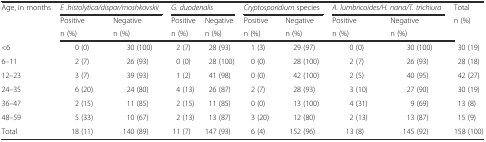
<table><thead><tr><td><b>Age, in months</b></td><td colspan="2"><b><i>E .histolytica/dispar/moshkovskii</i></b></td><td colspan="2"><b><i>G. duodenalis</i></b></td><td colspan="2"><b><i>Cryptosporidium</i> species</b></td><td colspan="2"><b><i>A. lumbricoides/H. nana/T. trichiura</i></b></td><td><b>Total</b></td></tr><tr><td rowspan="2"></td><td><b>Positive</b></td><td><b>Negative</b></td><td><b>Positive</b></td><td><b>Negative</b></td><td><b>Positive</b></td><td><b>Negative</b></td><td><b>Positive</b></td><td><b>Negative</b></td><td rowspan="2"><b>n (%)</b></td></tr><tr><td><b>n (%)</b></td><td><b>n (%)</b></td><td><b>n (%)</b></td><td><b>n (%)</b></td><td><b>n (%)</b></td><td><b>n (%)</b></td><td><b>n (%)</b></td><td><b>n (%)</b></td></tr></thead><tbody><tr><td>&lt;6</td><td>0 (0)</td><td>30 (100)</td><td>2 (7)</td><td>28 (93)</td><td>1 (3)</td><td>29 (97)</td><td>0 (0)</td><td>30 (100)</td><td>30 (19)</td></tr><tr><td>6–11</td><td>2 (7)</td><td>26 (93)</td><td>0 (0)</td><td>28 (100)</td><td>0 (0)</td><td>28 (100)</td><td>2 (7)</td><td>26 (93)</td><td>28 (18)</td></tr><tr><td>12–23</td><td>3 (7)</td><td>39 (93)</td><td>1 (2)</td><td>41 (98)</td><td>0 (0)</td><td>42 (100)</td><td>2 (5)</td><td>40 (95)</td><td>42 (27)</td></tr><tr><td>24–35</td><td>6 (20)</td><td>24 (80)</td><td>4 (13)</td><td>26 (87)</td><td>2 (7)</td><td>28 (93)</td><td>3 (10)</td><td>27 (90)</td><td>30 (19)</td></tr><tr><td>36–47</td><td>2 (15)</td><td>11 (85)</td><td>2 (15)</td><td>11 (85)</td><td>0 (0)</td><td>13 (100)</td><td>4 (31)</td><td>9 (69)</td><td>13 (8)</td></tr><tr><td>48–59</td><td>5 (33)</td><td>10 (67)</td><td>2 (13)</td><td>13 (87)</td><td>3 (20)</td><td>12 (80)</td><td>2 (13)</td><td>13 (87)</td><td>15 (9)</td></tr><tr><td>Total</td><td>18 (11)</td><td>140 (89)</td><td>11 (7)</td><td>147 (93)</td><td>6 (4)</td><td>152 (96)</td><td>13 (8)</td><td>145 (92)</td><td>158 (100)</td></tr></tbody></table>